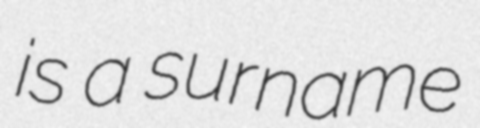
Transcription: is a surname